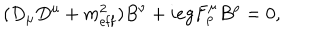
LaTeX: ( D _ { \mu } D ^ { \mu } + m _ { \mathrm { e f f } } ^ { 2 } ) B ^ { \nu } + i e g F _ { \rho } ^ { \mu } B ^ { \rho } = 0 ,